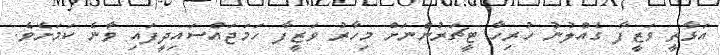
އަޅާތީ ވަޒީފާ ގެއްލުނު ހުރިހާ ޓީޗަރުންނަށް މިހާރު ވަޒީފާ ހަމަޖައްސައިދީފައި ވާނެ ކަމަށެވެ.